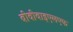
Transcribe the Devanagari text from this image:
बीवीवाइएलएफ